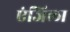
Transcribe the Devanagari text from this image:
एंजिला